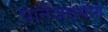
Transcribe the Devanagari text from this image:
पातंजलयोग